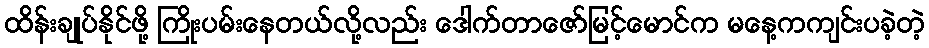
ထိန်းချုပ်နိုင်ဖို့ ကြိုးပမ်းနေတယ်လို့လည်း ဒေါက်တာဇော်မြင့်မောင်က မနေ့ကကျင်းပခဲ့တဲ့